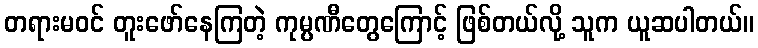
တရားမဝင် တူးဖော်နေကြတဲ့ ကုမ္ပဏီတွေကြောင့် ဖြစ်တယ်လို့ သူက ယူဆပါတယ်။